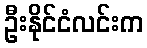
ဦးနိုင်ငံလင်းက